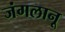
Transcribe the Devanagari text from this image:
जंगलानू